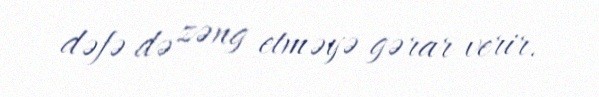
dəfə də zəng etməyə gərar verir.